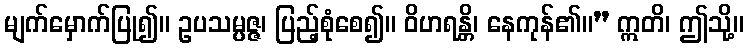
မျက်မှောက်ပြု၍။ ဥပသမ္ပဇ္ဇ၊ ပြည့်စုံစေ၍။ ဝိဟရန္တိ၊ နေကုန်၏။” ဣတိ၊ ဤသို့။